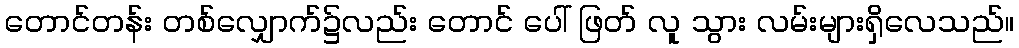
တောင်တန်း တစ်လျှောက်၌လည်း တောင် ပေါ် ဖြတ် လူ သွား လမ်းများရှိလေသည်။